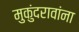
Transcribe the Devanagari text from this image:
मुकुंदरावांना